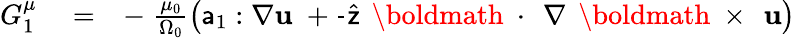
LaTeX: \begin{array}{rlr}{G_{1}^{\mu}}&{{}=}&{-\; \frac{\mu_{0}}{\Omega_{0}}\left({\sf a}_{1}:\nabla{\mathbf u}\; +\frac{}{}\widehat{\sf z}\, \mathrm{~\boldmath~\cdot~}\, \nabla\, \mathrm{~\boldmath~\times~}\, {\mathbf u}\right)}\end{array}